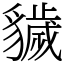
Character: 𧴖